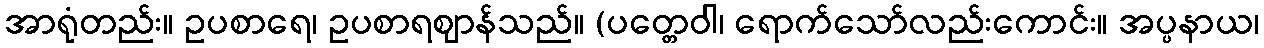
အာရုံတည်း။ ဥပစာရေ၊ ဥပစာရဈာန်သည်။ (ပတ္တေဝါ၊ ရောက်သော်လည်းကောင်း။ အပ္ပနာယ၊